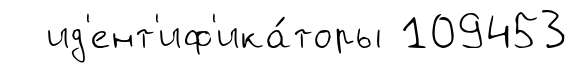
ид'ент'иф'ика́торы 109453